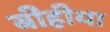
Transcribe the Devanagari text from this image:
बीहीया